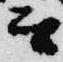
言